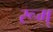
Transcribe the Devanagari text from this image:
रूम्